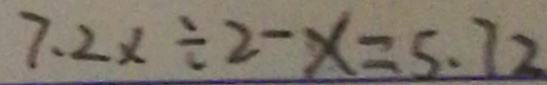
7 . 2 x \div 2 - x = 5 . 7 2